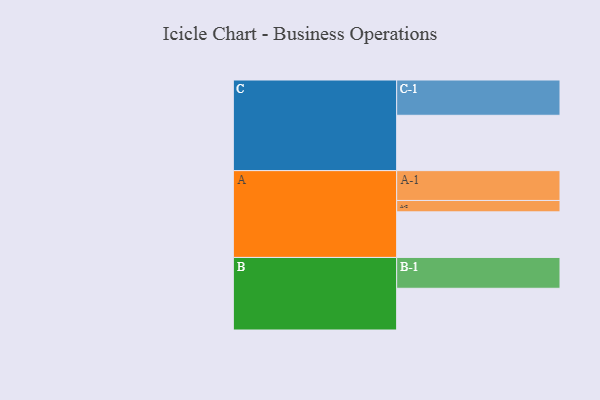
{"axis": {"x": "Segment", "y": "Value"}, "legend": ["", "A", "B", "C"], "data": [{"x": "A", "y": 368, "type": ""}, {"x": "B", "y": 337, "type": ""}, {"x": "C", "y": 447, "type": ""}, {"x": "A-1", "y": 241, "type": "A"}, {"x": "A-2", "y": 92, "type": "A"}, {"x": "B-1", "y": 249, "type": "B"}, {"x": "C-1", "y": 285, "type": "C"}]}